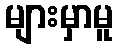
များမှာမူ